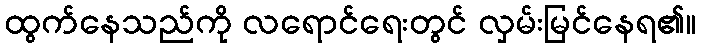
ထွက်နေသည်ကို လရောင်ရေးတွင် လှမ်းမြင်နေရ၏။